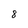
Character: 8